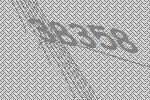
38358